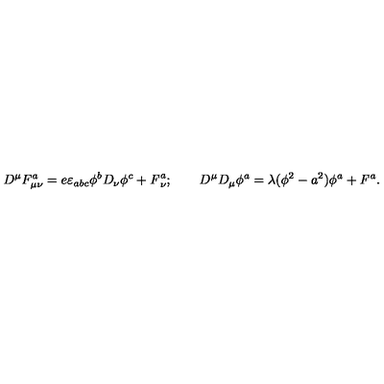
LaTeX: D ^ { \mu } F _ { \mu \nu } ^ { a } = e \varepsilon _ { a b c } \phi ^ { b } D _ { \nu } \phi ^ { c } + { \it F } _ { \nu } ^ { a } ; \qquad D ^ { \mu } D _ { \mu } \phi ^ { a } = \lambda ( \phi ^ { 2 } - a ^ { 2 } ) \phi ^ { a } + { \it F } ^ { a } .